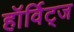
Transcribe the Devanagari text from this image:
हॉर्विट्ज